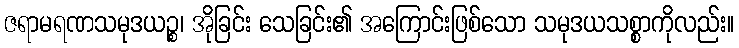
ဇရာမရဏသမုဒယဉ္စ၊ အိုခြင်း သေခြင်း၏ အကြောင်းဖြစ်သော သမုဒယသစ္စာကိုလည်း။